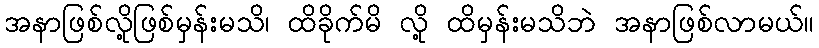
အနာဖြစ်လို့ဖြစ်မှန်းမသိ၊ ထိခိုက်မိ လို့ ထိမှန်းမသိဘဲ အနာဖြစ်လာမယ်။